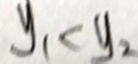
y _ { 1 } < y _ { 2 }